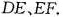
DE、EF.